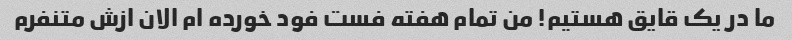
ما در یک قایق هستیم! من تمام هفته فست فود خورده ام الان ازش متنفرم